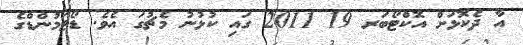
އާ ދެކޮޅަށް އޮކްޓޯބަރ 19 2011 ގައި ކުޅުނު މެޗުގަ އެވެ. ޑޯޓަމުންޑްގެ